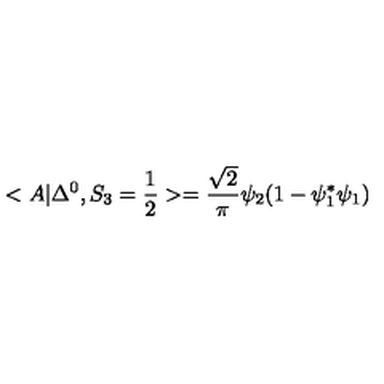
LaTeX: < A | \Delta ^ { 0 } , S _ { 3 } = \frac { 1 } { 2 } > = \frac { \sqrt { 2 } } { \pi } \psi _ { 2 } ( 1 - \psi _ { 1 } ^ { * } \psi _ { 1 } )